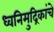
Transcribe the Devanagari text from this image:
ध्वनिमुद्रिकांचे